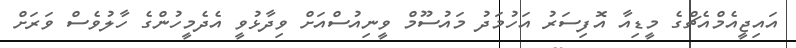
އައިޖީއެމްއެޗްގެ މީޑިއާ އޮފިސަރު އަހުމަދު މައުސޫމް ވީނިއުސްއަށް ވިދާޅުވީ އެދެމީހުންގެ ހާލުވެސް ވަރަށް